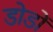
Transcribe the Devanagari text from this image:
डोडों